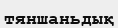
тяншаньдық